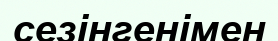
сезінгенімен